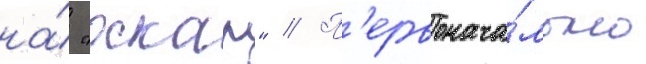
на́ "оскар" // П'ервонача́льно